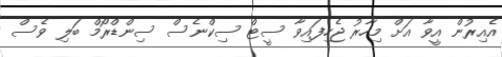
އެއިރުން އީވާ އަށް މިހާރު ޖެހިފައިވާ ސީޓް ސިކްނެސް ސިންޑްރޯމް ބަލި ވެސް